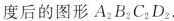
度后的图形后的图形A_{2}B_{2}C_{2}D_{2}.